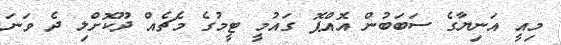
މިއީ އަނިޔާގެ ސަބަބުން އޮއްޕޮ ގައުމީ ޓީމުގެ މެޗެއް ދޫކޮށްލި ދެ ވަނަ